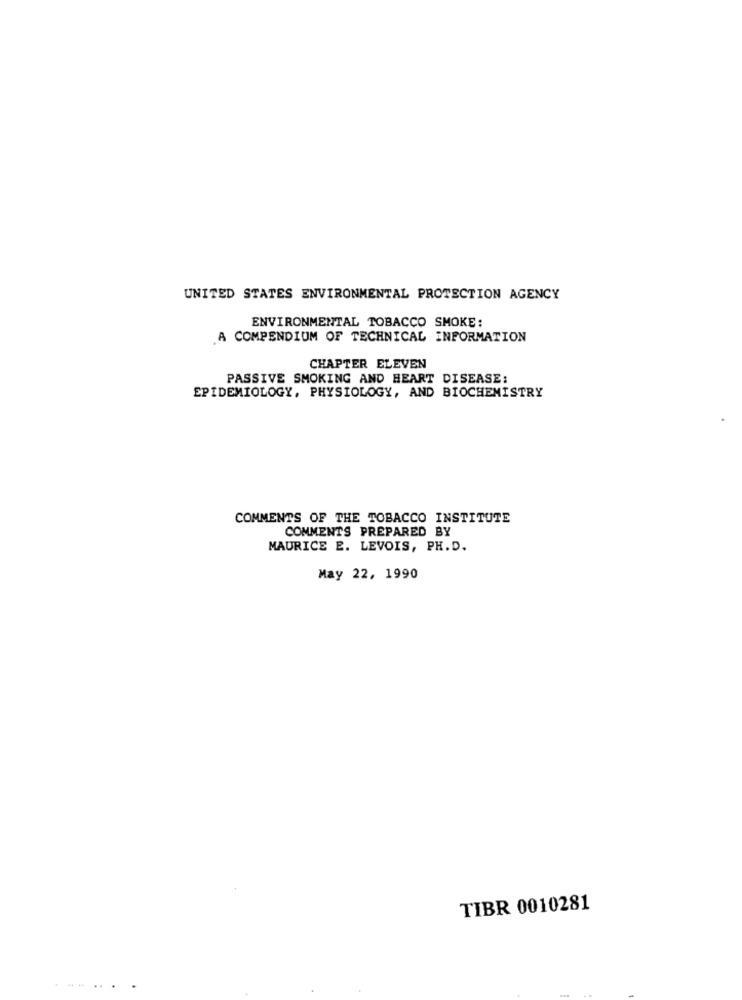
UNITED STATES ENVIRONMENTAL PROTECTION AGENCY
ENVIRONMENTAL TOBACCO SMOKE:
A COMPENDIUM OF TECHNICAL INFORMATION
CHAPTER ELEVEN
PASSIVE SMOKING AND HEART DISEASE:
EPIDEMIOLOGY, PHYSIOLOGY, AND BIOCHEMISTRY
COMMENTS OF THE TOBACCO INSTITUTE
COMMENTS PREPARED BY
MAURICE E. LEVOIS, PH.D.
May 22, 1990
TIBR 0010281
..